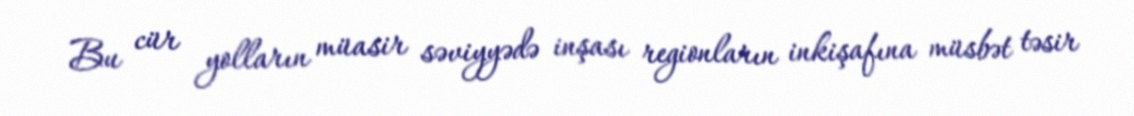
Bu cür yolların müasir səviyyədə inşası regionların inkişafına müsbət təsir